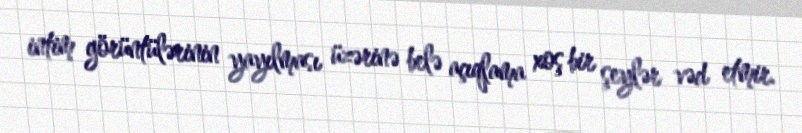
intim görüntülərinin yayılması üzərinə belə açıqlama xoş bir şeylər vəd etmir.